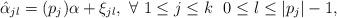
LaTeX: \begin{align*}\hat{\alpha}_{jl}=(p_{j})\alpha+\xi_{jl},\ \forall\ 1\leq j\leq k\ \ 0\leq l\leq |p_{j}|-1,\end{align*}